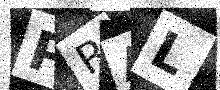
Text: PRAL